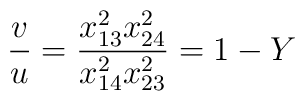
\frac{v}{u} = \frac{x_{13}^2 x_{24}^2}{x_{14}^2 x_{23}^2} = 1-Y